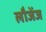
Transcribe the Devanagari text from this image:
लौजेंज